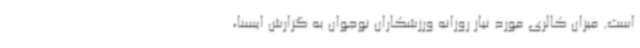
است. میزان کالری مورد نیاز روزانه ورزشکاران نوجوان به گزارش ایسنا،